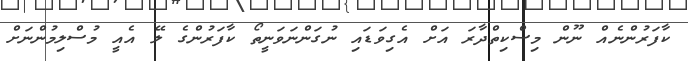
ކާފަރުންނެއް ނޫން މިސްކިތްދާރަ އަށް އެގިވަޑައި ނުގަންނަވަނީތޯ ކާފަރުންގެ ލޭ އެއީ މުސްލިމުންނަށް